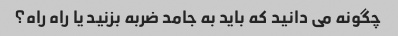
چگونه می دانید که باید به جامد ضربه بزنید یا راه راه؟